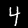
Label: 4